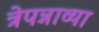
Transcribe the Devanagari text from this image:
त्रेपन्नाव्या